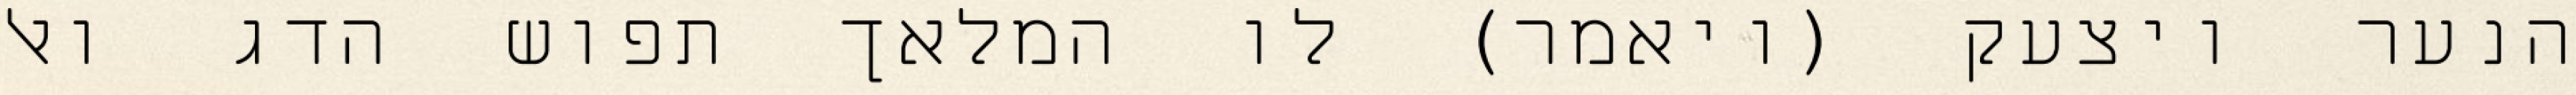
הנער ויצעק (ויאמר) לו המלאך תפוש הדג ואל